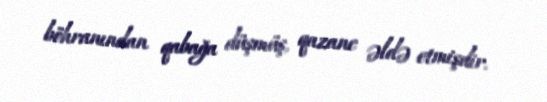
böhranından qabağa düşmüş, qazanc əldə etmişdir.